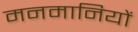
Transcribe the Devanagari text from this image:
मनमानियों